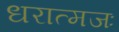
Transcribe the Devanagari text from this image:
धरात्मजः